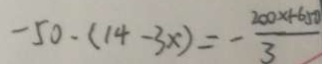
- 5 0 \cdot ( 1 4 - 3 x ) = - \frac { 2 0 0 \times 1 - 6 5 0 } { 3 }